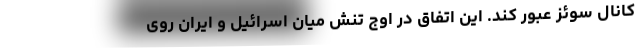
کانال سوئز عبور کند. این اتفاق در اوج تنش میان اسرائیل و ایران روی